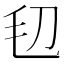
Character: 𣬞